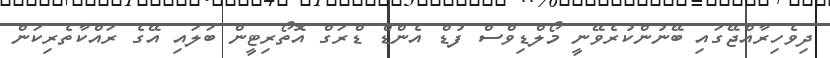
ދިވެހިރާއްޖޭގައި ބޭނުންކުރެވޭނީ މޯލްޑިވްސް ފުޑް އެންޑް ޑްރަގް އޮތޯރިޓީން ބަލައި އޭގެ ރައްކާތެރިކަން